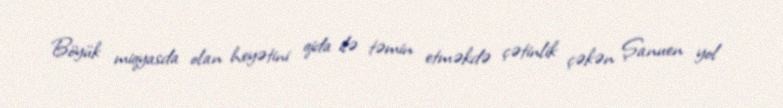
Böyük miqyasda olan heyətini qida ilə təmin etməkdə çətinlik çəkən Şanuen yol